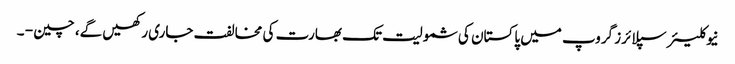
نیوکلیئرسپلائرز گروپ میں پاکستان کی شمولیت تک بھارت کی مخالفت جاری رکھیں گے، چین - ۔